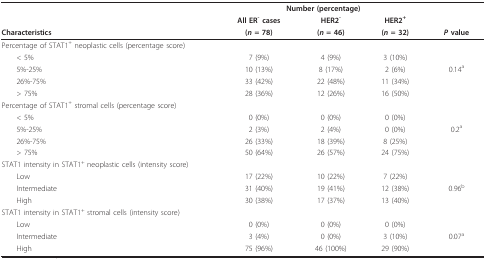
<table><thead><tr><td></td><td colspan="3"><b>Number (percentage)</b></td><td></td></tr><tr><td></td><td><b>All ER<sup>- </sup>cases</b></td><td><b>HER2<sup>-</sup></b></td><td><b>HER2<sup>+</sup></b></td><td></td></tr><tr><td><b>Characteristics</b></td><td><b>(<i>n </i>= 78)</b></td><td><b>(<i>n </i>= 46)</b></td><td><b>(<i>n </i>= 32)</b></td><td><b><i>P </i>value</b></td></tr></thead><tbody><tr><td>Percentage of STAT1<sup>+ </sup>neoplastic cells (percentage score)</td><td></td><td></td><td></td><td></td></tr><tr><td> &lt; 5%</td><td>7 (9%)</td><td>4 (9%)</td><td>3 (10%)</td><td></td></tr><tr><td> 5%-25%</td><td>10 (13%)</td><td>8 (17%)</td><td>2 (6%)</td><td>0.14<sup>a</sup></td></tr><tr><td> 26%-75%</td><td>33 (42%)</td><td>22 (48%)</td><td>11 (34%)</td><td></td></tr><tr><td> &gt; 75%</td><td>28 (36%)</td><td>12 (26%)</td><td>16 (50%)</td><td></td></tr><tr><td>Percentage of STAT1<sup>+ </sup>stromal cells (percentage score)</td><td></td><td></td><td></td><td></td></tr><tr><td> &lt; 5%</td><td>0 (0%)</td><td>0 (0%)</td><td>0 (0%)</td><td></td></tr><tr><td> 5%-25%</td><td>2 (3%)</td><td>2 (4%)</td><td>0 (0%)</td><td>0.2<sup>a</sup></td></tr><tr><td> 26%-75%</td><td>26 (33%)</td><td>18 (39%)</td><td>8 (25%)</td><td></td></tr><tr><td> &gt; 75%</td><td>50 (64%)</td><td>26 (57%)</td><td>24 (75%)</td><td></td></tr><tr><td>STAT1 intensity in STAT1<sup>+ </sup>neoplastic cells (intensity score)</td><td></td><td></td><td></td><td></td></tr><tr><td> Low</td><td>17 (22%)</td><td>10 (22%)</td><td>7 (22%)</td><td></td></tr><tr><td> Intermediate</td><td>31 (40%)</td><td>19 (41%)</td><td>12 (38%)</td><td>0.96<sup>b</sup></td></tr><tr><td> High</td><td>30 (38%)</td><td>17 (37%)</td><td>13 (40%)</td><td></td></tr><tr><td>STAT1 intensity in STAT1<sup>+ </sup>stromal cells (intensity score)</td><td></td><td></td><td></td><td></td></tr><tr><td> Low</td><td>0 (0%)</td><td>0 (0%)</td><td>0 (0%)</td><td></td></tr><tr><td> Intermediate</td><td>3 (4%)</td><td>0 (0%)</td><td>3 (10%)</td><td>0.07<sup>a</sup></td></tr><tr><td> High</td><td>75 (96%)</td><td>46 (100%)</td><td>29 (90%)</td><td></td></tr></tbody></table>